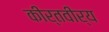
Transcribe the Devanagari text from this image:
कीर्तवीर्य